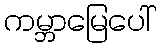
ကမ္ဘာမြေပေါ်